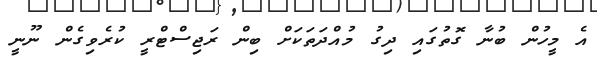
އެ މީހުން ބުނާ ގޮތުގައި ދިގު މުއްދަތަކަށް ބިން ރަޖިސްޓްރީ ކުރެވިގެން ނޫނީ